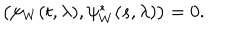
LaTeX: \left( \psi _ { W } ( t , \lambda ) , \psi _ { W } ^ { * } ( s , \lambda ) \right) = 0 .